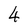
Character: 4